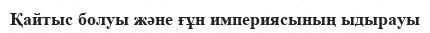
Қайтыс болуы және ғұн империясының ыдырауы